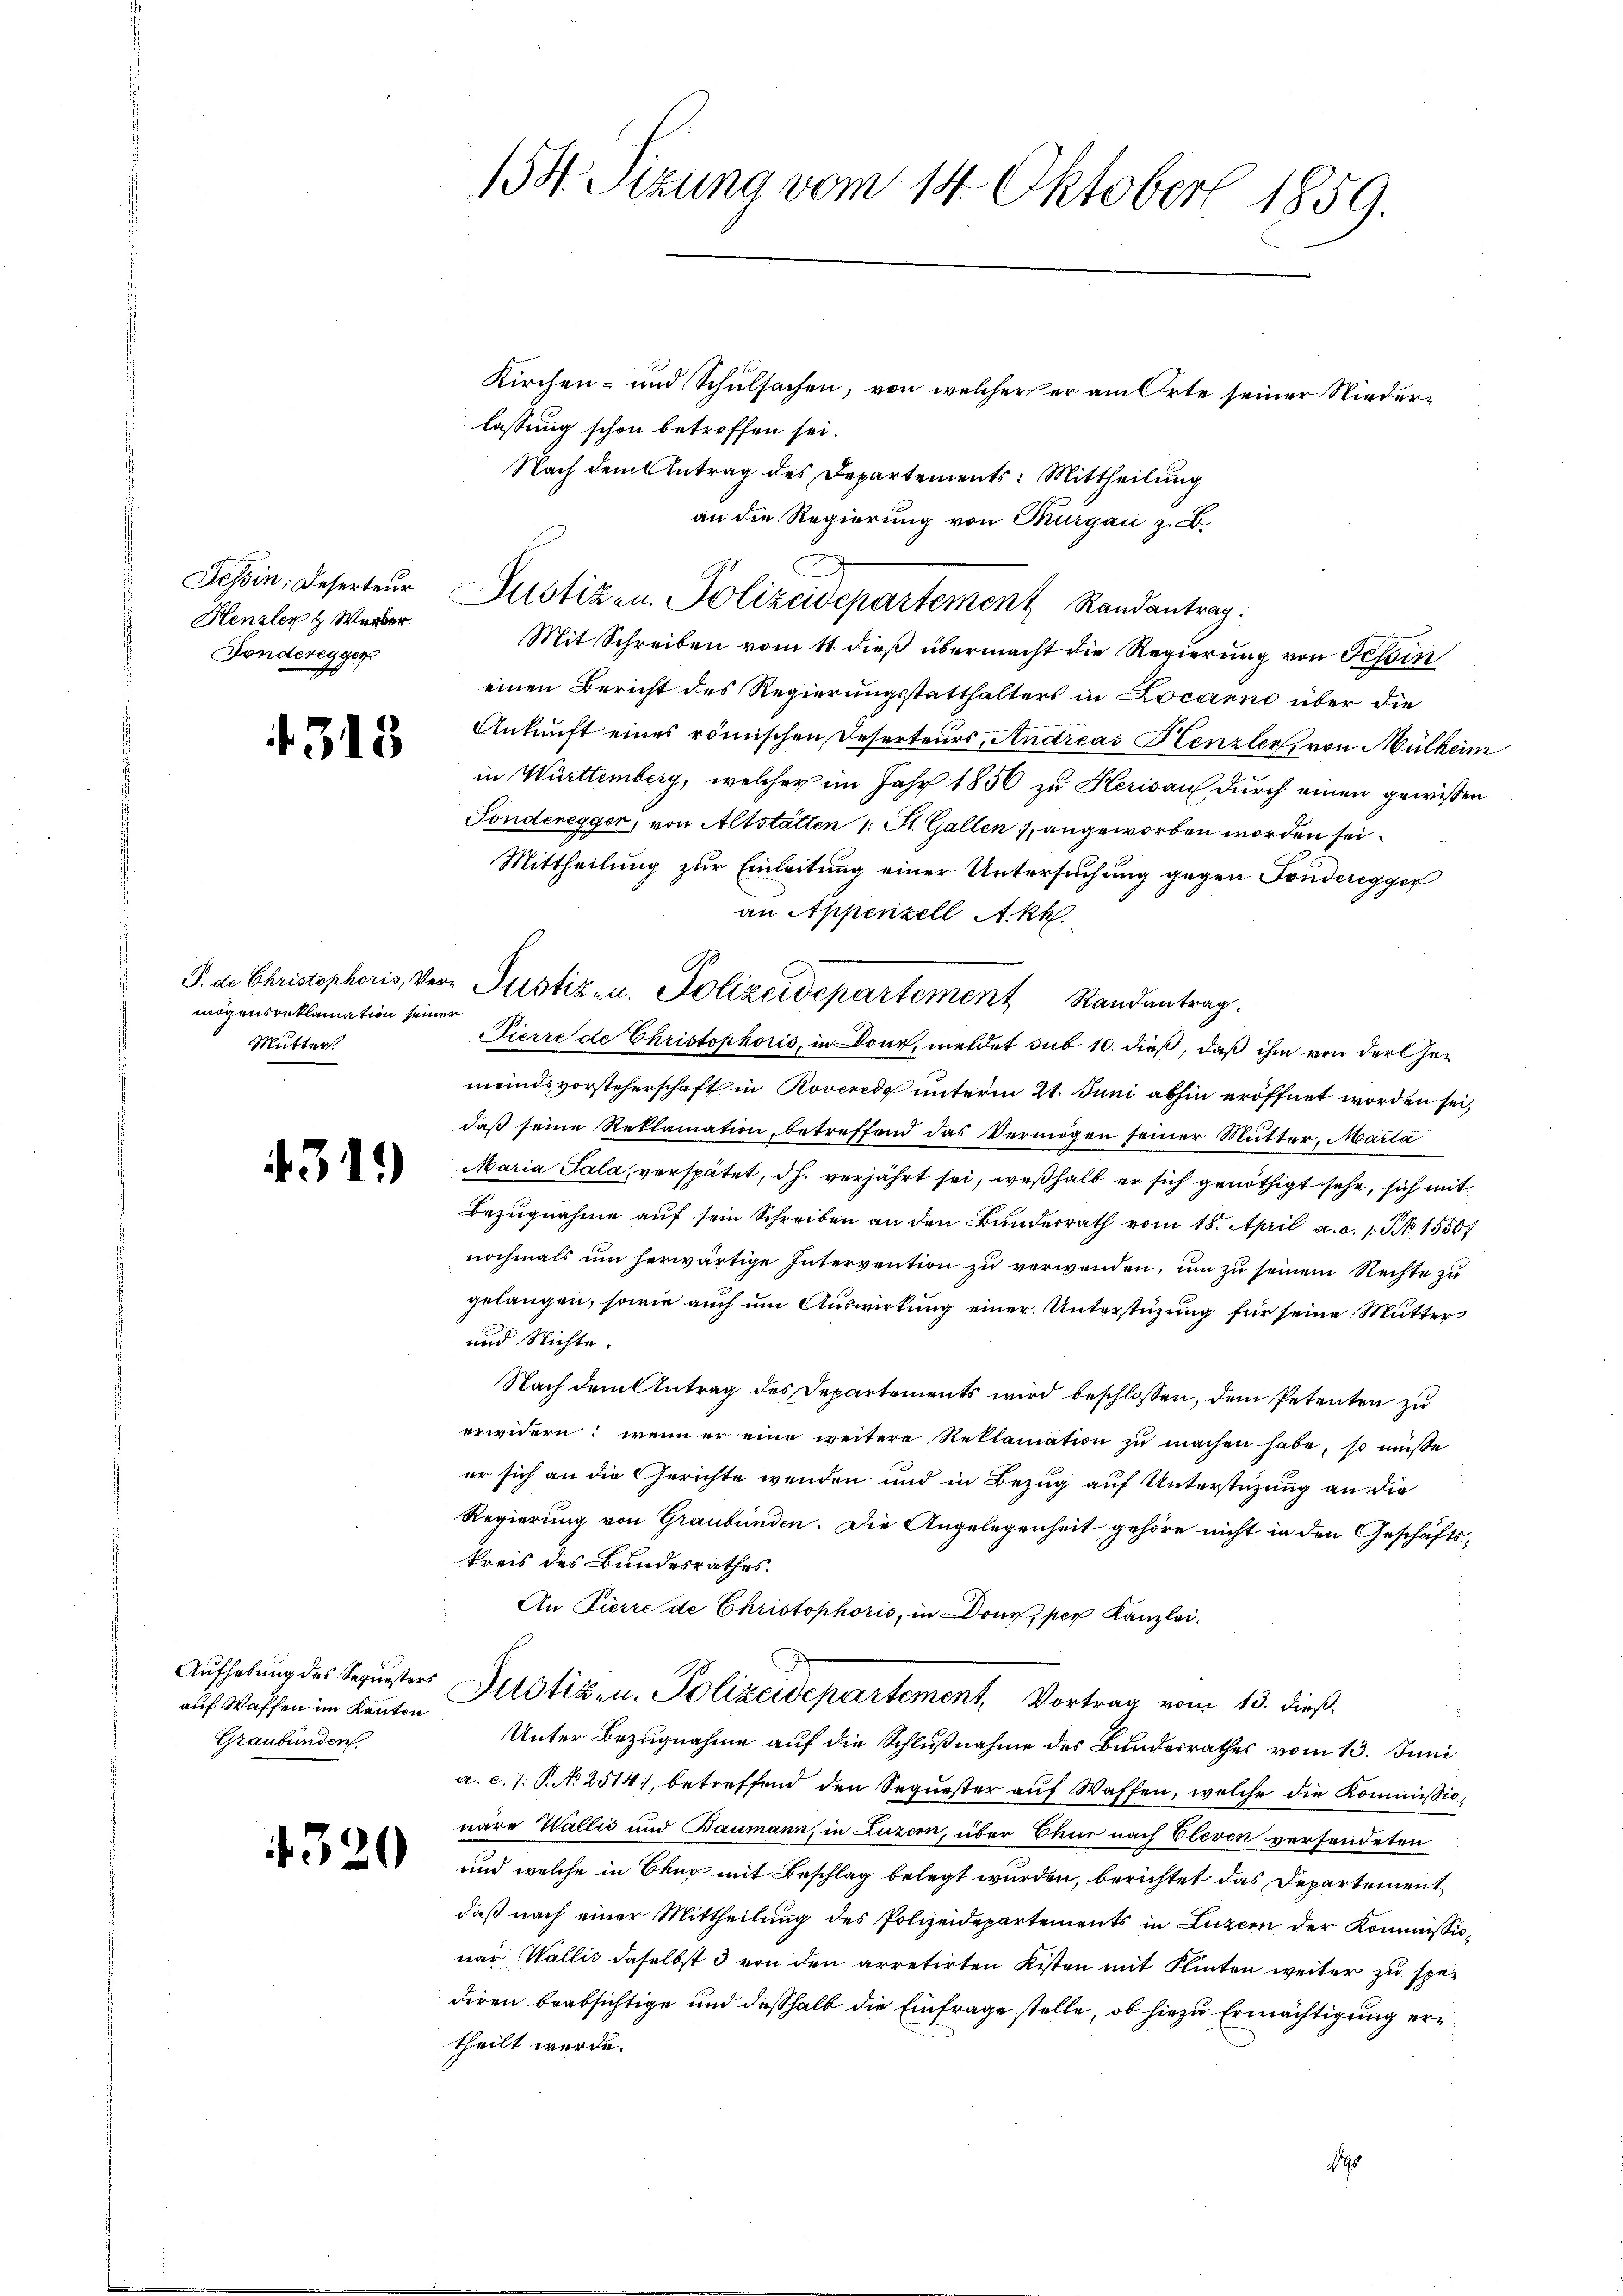
Henzler & Werber
Fonderegger

1313

mögensreklamation seiner
Mutter.

431.

auf Waffen im Kanton
Graubünden

4320

158. Sitzung vom 14. Oktober 1859.
Kirchen- und Schulsachen, von welcher er am Orte seiner Niederlassung schon betroffen sei.
Nach dem Antrag des Departements: Mittheilung

an die Regierung von Thurgau z.B.

Mit Schreiben vom 11 dieß übermacht die Regierung von Tessin
einen Bericht des Regierungsstatthalters in Locarno über die
Ankunft eines römischen Reserteurs, Andreas Henzler, von Mülheim
in Württemberg, welcher im Jahr 1856 zu Herisau durch einen gewissen
Ponderegger, von Altstatten 1. St. Gallen, angeworben worden sei.
Mittheilung zur Einleitung einer Untersuchung gegen Fonderegger
an Appenzell Akk
Pierre de Christophoris, in Dour, meldet sub 10. dieß, daß ihm von der Gemeindsvorsteherschaft in Roveredo unterm 21. Juni abhin eröffnet worden sei,
daß seine Reklamation, betreffend das Vermögen seiner Mutter, Marta
Maria Sala, verspätet, dh. verjährt sei, weßhalb er sich genöthigt sehe, sich mit
Bezugnahme auf sein Schreiben an den Bunderrath vom 18. April a. c. 1. No 15507
nochmals um herwärtige Intervention zu verwenden, um zu seinem Rechte zu
gelangen, sowie auch um Auswirkung einer Unterstüzung für seine Mutter
und Nichte.
Nach dem Antrag des Departements wird beschlossen, dem Petenten zu
erwidern; wenn er eine weitere Reklamation zŭ machen habe, so müsse
er sich an die Gerichte wenden und in Bezug auf Unterstützung an die
Regierung von Graubünden. Die Angelegenheit gehöre nicht in den Geschäftskreis des Bundesrathes.
An Pierre de Christophoris, in Doni, per Kanzlei.
Aufhebung des Sequesters Mitstiken. Polizeidepartement, Vortrag vom 13. dieß
Unter Bezugnahme auf die Schlußnahme des Bundesrathes vom 13. Juni.
a. c. 1. P. No 2514), betreffend den Sequester auf Waffen, welche die Kommissionäre Wallić und Baumann, in Luzern, über Chur nach Cleven versendeten
und welche in Chur mit Beschlag belegt wurden, berichtet das Departement
daß nach einer Mittheilung des Polizeidepartements in Luzern der Kommissionar Wallis daselbst 3 von den arretirten Kisten mit Flinten weiter zu spediren beabsichtige und deßhalb die Einfrage stelle, ob hiezu Ermächtigung ertheilt werde.
ds

Tessin: Deserteur Justizen. Polizeidepartement Randantrag.

P. de Christophoris, Ver- Justizen. Polizeidepartement Randantrag.